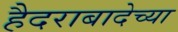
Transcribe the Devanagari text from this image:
हैदराबादेच्या